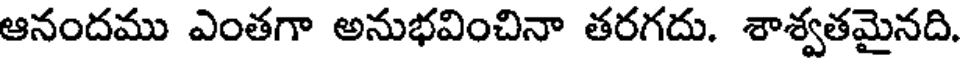
ఆనందము ఎంతగా అనుభవించినా తరగదు. శాశ్వతమైనది.